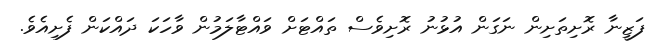
ފަޒީނާ ރޮށިތަށިން ނަގަން އުޅުނު ރޮށިވެސް ތައްޓަށް ވައްޓާލަމުން ވާހަކަ ދައްކަން ފެށިއެވެ.